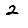
Digit: 2